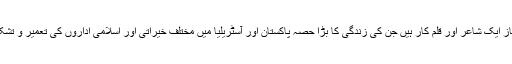
(عمران عمر جانباز ایک شاعر اور قلم کار ہیں جن کی زندگی کا بڑا حصہ پاکستان اور آسٹریلیا میں مختلف خیراتی اور اسلامی اداروں کی تعمیر و تشکیل میں گزرا ہے۔